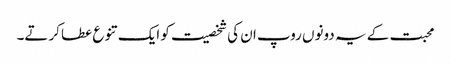
محبت کے یہ دونوں روپ ان کی شخصیت کو ایک تنوع عطا کرتے۔